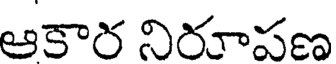
ఆకార నిరాపణ